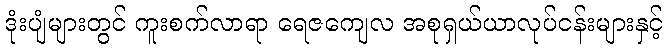
ဒုံးပျံများတွင် ကူးစက်လာရာ ရေဇကျေလ အစုရှယ်ယာလုပ်ငန်းများနှင့်